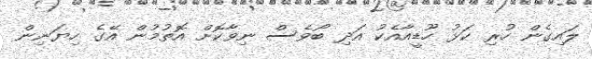
ލައިގެން ހުރި ކަޅު ހޫޑީއާއެކު އަދި ބޯވެސް ނިވާކޮށް އޮތުމުން އޭގެ ހިޔަނިން